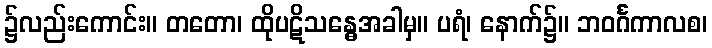
၌လည်းကောင်း။ တတော၊ ထိုပဋိသန္ဓေအခါမှ။ ပရံ၊ နောက်၌။ ဘဝင်္ဂကာလစ၊